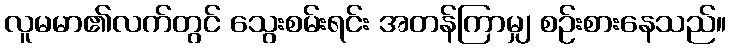
လူမမာ၏လက်တွင် သွေးစမ်းရင်း အတန်ကြာမျှ စဉ်းစားနေသည်။